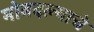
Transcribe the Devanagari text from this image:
मोबदल्याचे